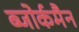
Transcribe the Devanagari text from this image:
ब्जोर्कमैन